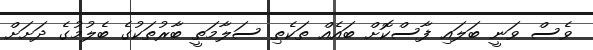
ވެސް ވަނީ ބަލައި ފާސްކޮށް ބައެއް ތަކެތި ސަލާމަތީ ބާރުތަކުގެ ބެލުމުގެ ދަށަށް